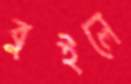
বুইলে